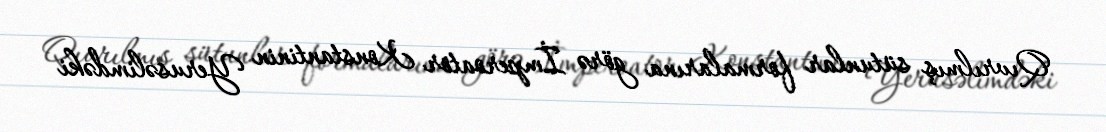
Qıvrılmış sütunlar formalarına görə İmperoator Konstantinin Yerusəlimdəki